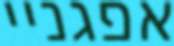
אפגניי